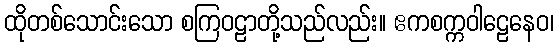
ထိုတစ်သောင်းသော စကြဝဠာတို့သည်လည်း။ ဧကစက္ကဝါဠေနေဝ၊